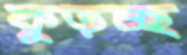
কুড়চ্ছ